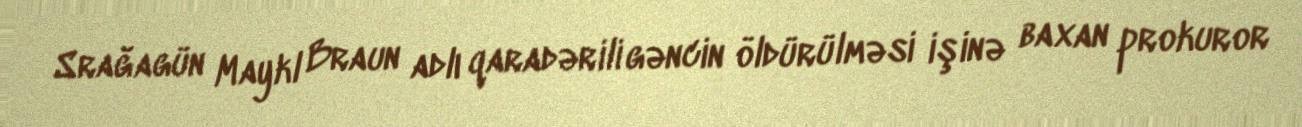
Srağagün Maykl Braun adlı qaradərili gəncin öldürülməsi işinə baxan prokuror